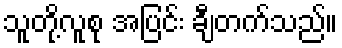
သူတို့လူစု အပြင်း ချီတက်သည်။